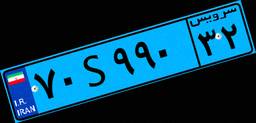
۷۰S۹۹۰۳۲